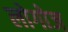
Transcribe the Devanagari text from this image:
लोगोज